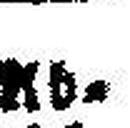
Ab¬